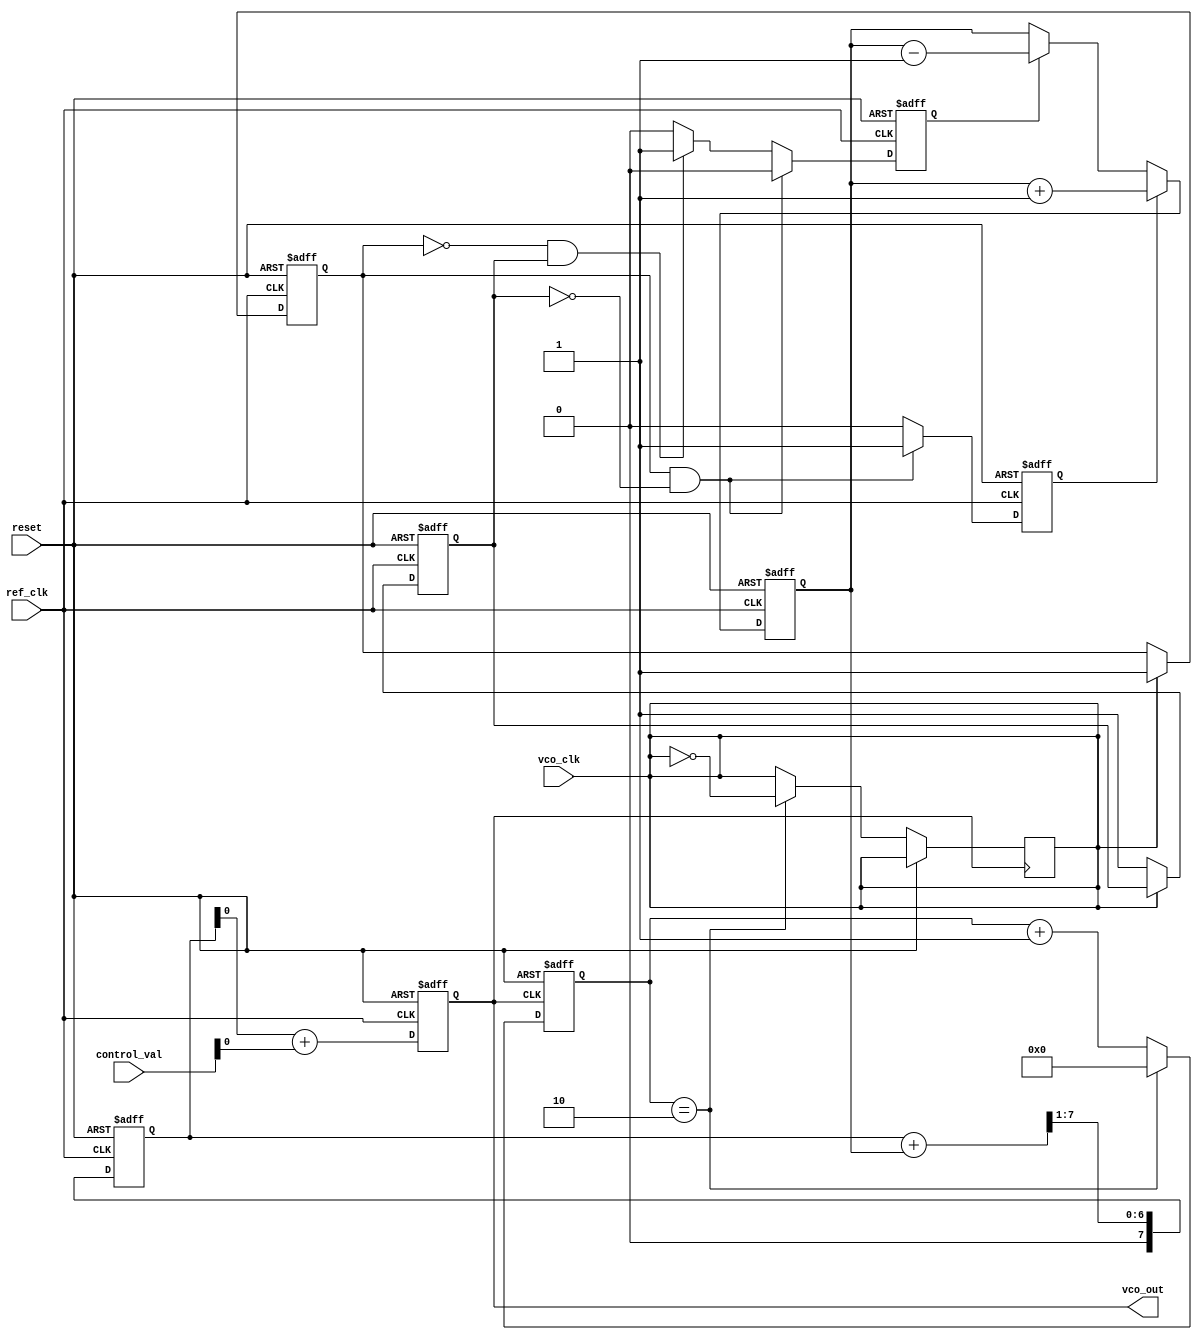
module ADPLL (
    input wire ref_clk,           // Reference clock
    input wire vco_clk,           // VCO output clock
    input wire reset,             // Reset signal
    input wire [7:0] control_val, // Control voltage from memory block
    output wire vco_out           // VCO output
);

// Phase Frequency Detector (PFD)
reg pfd_up, pfd_down;
reg vco_lead, vco_lag;

// PFD Logic
always @(posedge ref_clk or posedge reset) begin
    if (reset) begin
        pfd_up <= 0;
        pfd_down <= 0;
        vco_lead <= 0;
        vco_lag <= 0;
    end else begin
        // Compare phases (simplified; actual implementation may require more logic)
        if (vco_clk) begin
            vco_lead <= 1;
        end else begin
            vco_lag <= 1;
        end

        if (vco_lead && !vco_lag) begin
            pfd_up <= 1;
            pfd_down <= 0;
        end else if (!vco_lead && vco_lag) begin
            pfd_up <= 0;
            pfd_down <= 1;
        end else begin
            pfd_up <= 0;
            pfd_down <= 0;
        end
    end
end

// Charge Pump (CP)
reg [7:0] charge_pump_output;
always @(posedge ref_clk or posedge reset) begin
    if (reset) begin
        charge_pump_output <= 8'b0;
    end else begin
        if (pfd_up) begin
            charge_pump_output <= charge_pump_output + 1; // Increment control voltage
        end else if (pfd_down) begin
            charge_pump_output <= charge_pump_output - 1; // Decrement control voltage
        end
    end
end

// Loop Filter (simple low-pass filter)
reg [7:0] loop_filter_output;
always @(posedge ref_clk or posedge reset) begin
    if (reset) begin
        loop_filter_output <= 8'b0;
    end else begin
        loop_filter_output <= (loop_filter_output + charge_pump_output) >> 1; // Simple averaging
    end
end

// Voltage-Controlled Oscillator (VCO)
reg [7:0] vco_frequency;
assign vco_out = vco_frequency; // Output clock signal

always @(posedge ref_clk or posedge reset) begin
    if (reset) begin
        vco_frequency <= 8'b0; // Reset VCO frequency
    end else begin
        vco_frequency <= loop_filter_output + control_val; // Control frequency based on filter output and memory value
    end
end

// Frequency Divider (simple integer divider)
reg [3:0] divider_count;
wire divided_clk;

always @(posedge vco_out or posedge reset) begin
    if (reset) begin
        divider_count <= 0;
    end else begin
        divider_count <= divider_count + 1;
        if (divider_count == 4'd2) begin // Divide by 2
            divided_clk <= ~divided_clk;
            divider_count <= 0;
        end
    end
end

// Feedback to PFD (for simplicity, connect the divided clock)
assign vco_clk = divided_clk;

endmodule